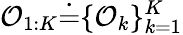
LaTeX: \mathcal{O}_{1:K}\dot{=}\{ \mathcal{O}_{k}\} _{k=1}^{K}